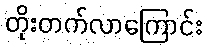
တိုးတက်လာကြောင်း